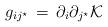
\begin{align*}g_{i j^\star}\, =\,\partial_i\partial_{j^\star}{\cal K}\end{align*}